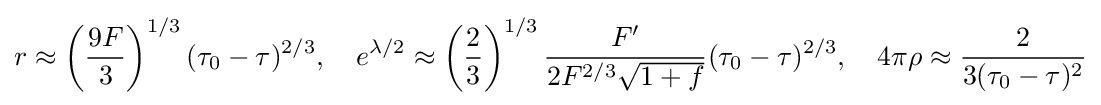
r\approx \left({\frac {9F}{3}}\right)^{1/3}(\tau _{0}-\tau )^{2/3},\quad e^{\lambda /2}\approx \left({\frac {2}{3}}\right)^{1/3}{\frac {F'}{2F^{2/3}{\sqrt {1+f}}}}(\tau _{0}-\tau )^{2/3},\quad 4\pi \rho \approx {\frac {2}{3(\tau _{0}-\tau )^{2}}}